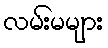
လမ်းမများ